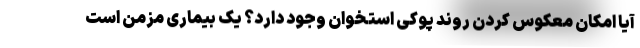
آیا امکان معکوس کردن روند پوکی استخوان وجود دارد؟ یک بیماری مزمن است